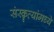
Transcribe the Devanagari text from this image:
संस्कॄत्यांमध्ये